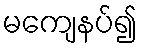
မကျေနပ်၍